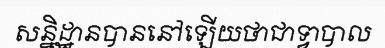
សន្និដ្ឋានបាននៅឡើយថាជាទ្វាបាល